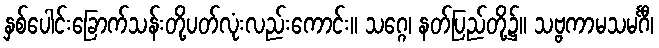
နှစ်ပေါင်းခြောက်သန်းတို့ပတ်လုံးလည်းကောင်း။ သဂ္ဂေ၊ နတ်ပြည်တို့၌။ သဗ္ဗကာမသမင်္ဂီ၊